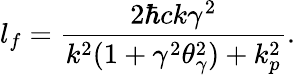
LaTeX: l_{f}={\frac{2\hbar ck\gamma^{2}}{k^{2}(1+\gamma^{2}\theta_{\gamma}^{2})+k_{p}^{2}}}.